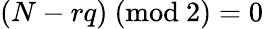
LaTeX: \begin{array}{r}{(N-rq)\ (\mathrm{mod}\ 2)=0}\end{array}